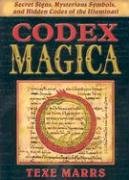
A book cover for Codex Magica: Secret Signs, Mysterious Symbols, and Hidden Codes of the Illuminati; Texe Marrs; Religion & Spirituality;